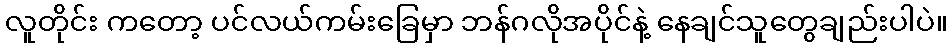
လူတိုင်း ကတော့ ပင်လယ်ကမ်းခြေမှာ ဘန်ဂလိုအပိုင်နဲ့ နေချင်သူတွေချည်းပါပဲ။